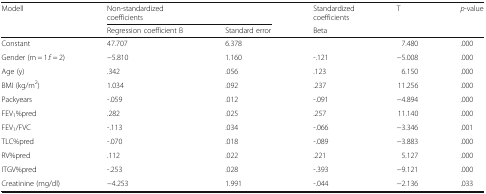
<table><thead><tr><td rowspan="2"><b>Modell</b></td><td colspan="2"><b>Non-standardized coefficients</b></td><td><b>Standardized coefficients</b></td><td rowspan="2"><b>T</b></td><td rowspan="2"><b><i>p</i>-value</b></td></tr><tr><td><b>Regression coefficient B</b></td><td><b>Standard error</b></td><td><b>Beta</b></td></tr></thead><tbody><tr><td>Constant</td><td>47.707</td><td>6.378</td><td></td><td>7.480</td><td>.000</td></tr><tr><td>Gender (m = 1.f = 2)</td><td>−5.810</td><td>1.160</td><td>-.121</td><td>−5.008</td><td>.000</td></tr><tr><td>Age (y)</td><td>.342</td><td>.056</td><td>.123</td><td>6.150</td><td>.000</td></tr><tr><td>BMI (kg/m<sup>2</sup>)</td><td>1.034</td><td>.092</td><td>.237</td><td>11.256</td><td>.000</td></tr><tr><td>Packyears</td><td>-.059</td><td>.012</td><td>-.091</td><td>−4.894</td><td>.000</td></tr><tr><td>FEV<sub>1</sub>%pred</td><td>.282</td><td>.025</td><td>.257</td><td>11.140</td><td>.000</td></tr><tr><td>FEV<sub>1</sub>/FVC</td><td>-.113</td><td>.034</td><td>-.066</td><td>−3.346</td><td>.001</td></tr><tr><td>TLC%pred</td><td>-.070</td><td>.018</td><td>-.089</td><td>−3.883</td><td>.000</td></tr><tr><td>RV%pred</td><td>.112</td><td>.022</td><td>.221</td><td>5.127</td><td>.000</td></tr><tr><td>ITGV%pred</td><td>-.253</td><td>.028</td><td>-.393</td><td>−9.121</td><td>.000</td></tr><tr><td>Creatinine (mg/dl)</td><td>−4.253</td><td>1.991</td><td>-.044</td><td>−2.136</td><td>.033</td></tr></tbody></table>